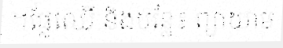
។ផ្លែឈើ និងបន្លែ៖ ព្យាយាម